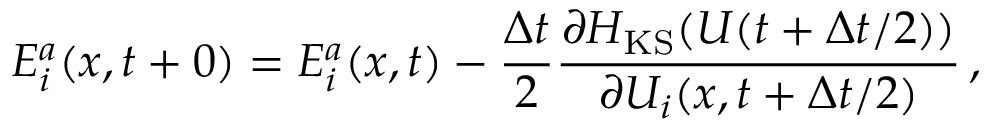
E _ { i } ^ { a } ( x , t + 0 ) = E _ { i } ^ { a } ( x , t ) - \frac { \Delta t } { 2 } \frac { \partial H _ { \mathrm { K S } } ( U ( t + \Delta t / 2 ) ) } { \partial U _ { i } ( x , t + \Delta t / 2 ) } \, ,